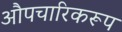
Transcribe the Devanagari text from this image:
औपचारिकरूप